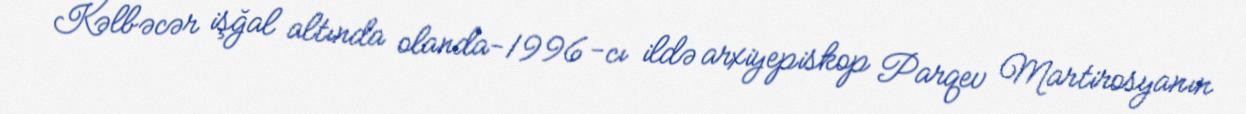
Kəlbəcər işğal altında olanda-1996-cı ildə arxiyepiskop Parqev Martirosyanın